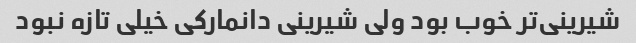
شیرینی‌تر خوب بود ولی شیرینی دانمارکی خیلی تازه نبود